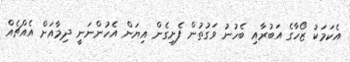
އެކަމަކު ޒޯހާގެ އަބުރާއި ބެހުނު ވަގުތުން ފެށިގެން އިޔަން އެހުންނަނީ ދިމާއަށް އެއްޗެއް